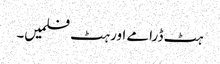
ہٹ ڈرامے اور ہٹ فلمیں۔